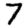
Digit: 7